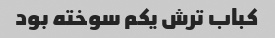
کباب ترش یکم سوخته بود